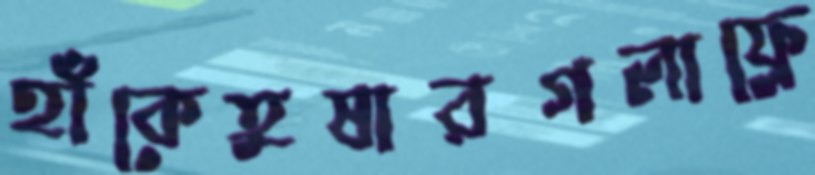
হাঁকেতুষারগলাফ্লে